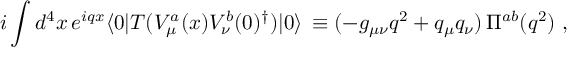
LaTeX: i \int d ^ { 4 } x \, e ^ { i q x } \langle 0 | T ( V _ { \mu } ^ { a } ( x ) V _ { \nu } ^ { b } ( 0 ) ^ { \dagger } ) | 0 \rangle \, \equiv ( - g _ { \mu \nu } q ^ { 2 } + q _ { \mu } q _ { \nu } ) \, \Pi ^ { a b } ( q ^ { 2 } ) \ ,